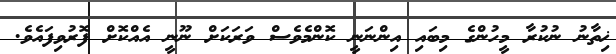
ޚިތާނު ނުކުރާ މީހުންގެ މިބައި އިންނަނީ ކޮންމެވެސް ވަރަކަށް ނޫނީ އެއްކޮށް ފޮރުވިފައެވެ.